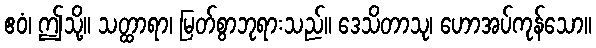
ဧဝံ၊ ဤသို့။ သတ္ထာရာ၊ မြတ်စွာဘုရားသည်။ ဒေသိတာသု၊ ဟောအပ်ကုန်သော။